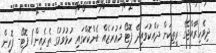
ދިވެހިރާއްޖޭގެ ރީތިކަން ދައްކުވައިދޭ ފޮޓޯ މަޢުރަޒެއް ބެންކޮކްގައި ހުޅުވުމުގެ ތެރެއިން/ ފޮޓޯ- ފޮރިން